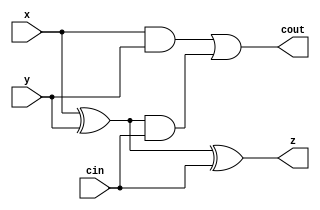

`timescale 1ns / 1ns
module adder(
  input cin, 
  input x, 
  input y, 
  output cout,
  output z);
  
  wire intermediate;
  assign intermediate = x ^ y;
  assign z = intermediate ^ cin;
  wire g,p;
  assign g = x & y;
  assign p = intermediate;
  
  assign cout = g | (p & cin);
  
endmodule